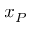
x _ { P }